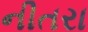
નીતરા